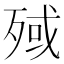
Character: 𣨤